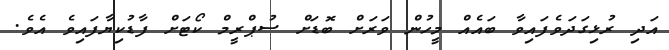
އަދި ރުޅިގަދަވެފައިވާ ބައެއް މީހުން ވަރަށް ބޮޑަށް ސުޕްރީމް ކޯޓަށް ފާޑުކިޔާފައިވެ އެވެ.